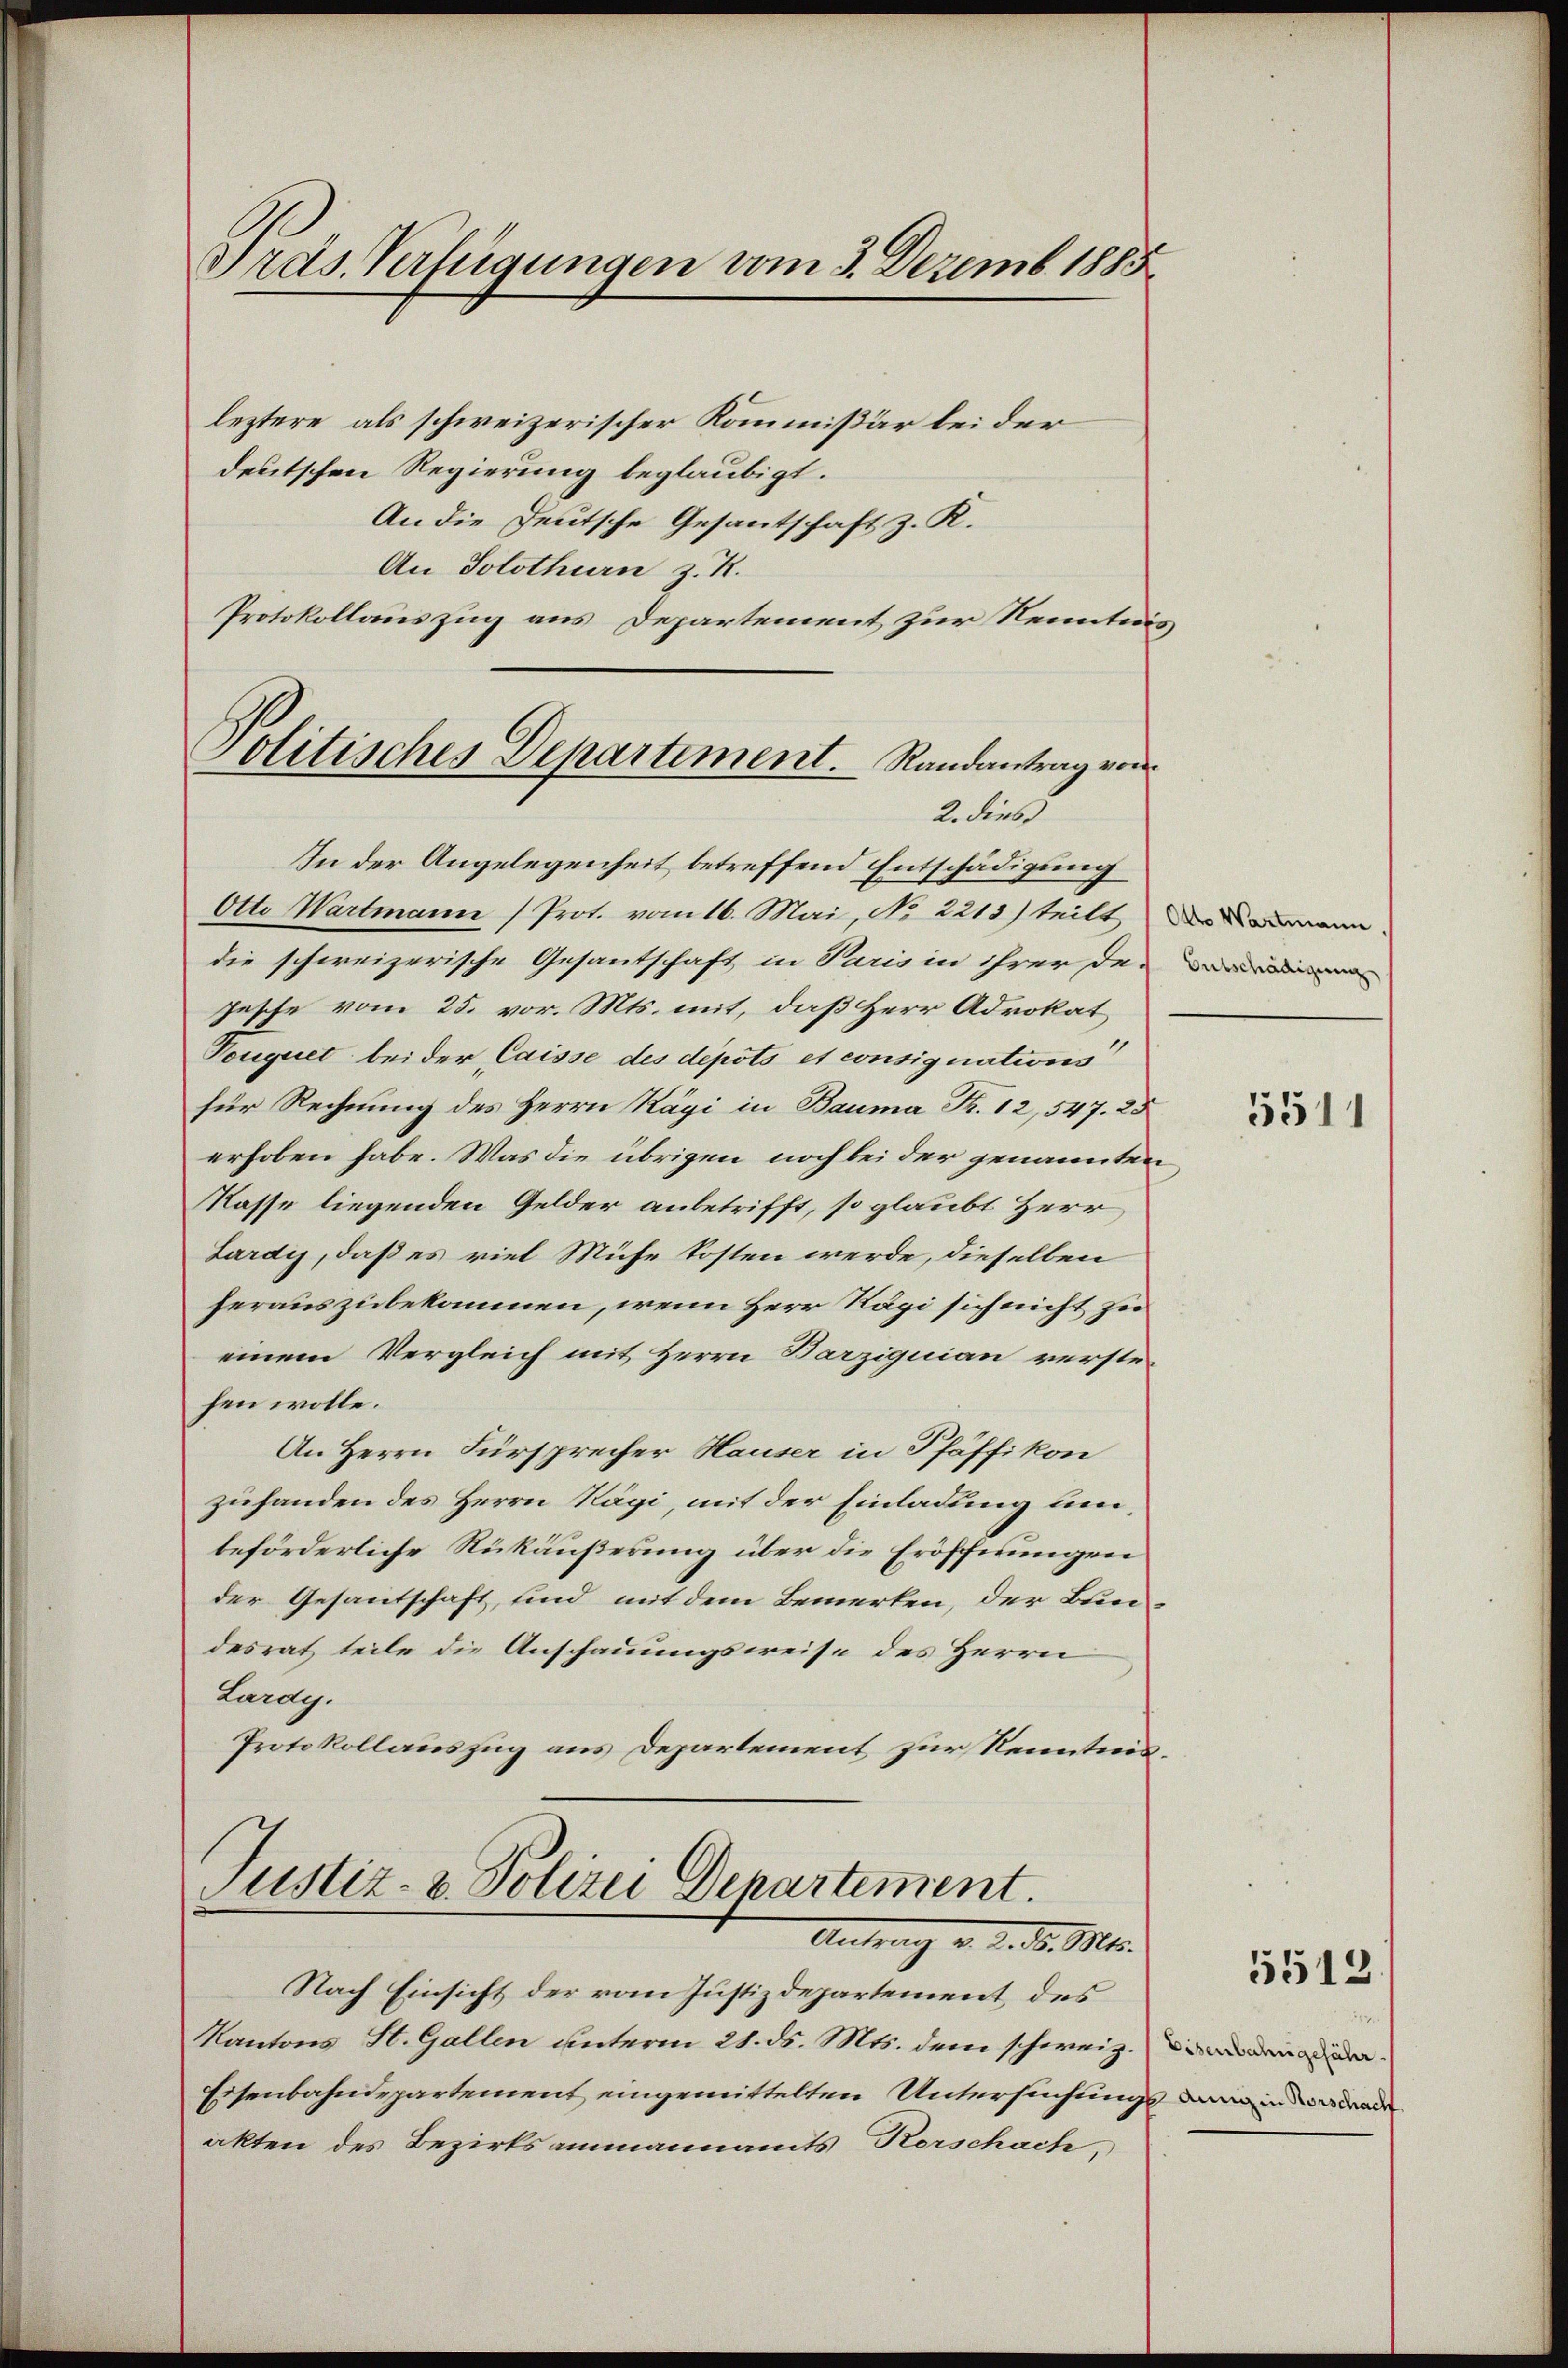
Präs. Verfügungen vom 3. Dezemb. 1885

Politisches Departement. Randantrag von
2. dies

leztere als schweizerischer Kommissär bei der
deutschen Regierung beglaubigt.
An die Deutsche Gesantschaft z. R.
An Solothurn z. R.
Protokollauszug aus Departement zur Kenntnis¬
In der Angelegenheit betreffend Entschädigung
Otto Wartmann (Prot. vom 16. Mai, No 2213) teilt
die schweizerische Gesantschaft in Paris in ihrer de-
jesche vom 25. vor. Mts. mit, daß Herr Advokat
Vouquet bei der Caisse des depots et consignations
für Rechnung des Herrn Rägi in Bauma Fr. 12,547. 25
erhoben habe. Was die übrigen noch bei der genannten
Kasse liegenden Gelder anbetrifft, so glaubt Herr
Lardis, daß es viel Mühe kosten werde, dieselben
herauszubekommen, wenn Herr Rägi sich nicht zu
einem Vergleich mit Herrn Barziquian verste-
fen wolle.
An Herrn Fürsprecher Hauser in Pfäffikon
zuhanden des Herrn Kägi, mit der Einladung umbeförderliche Rükäußerung über die Eröffnungen
der Gesantschaft, und mit dem Bemerken, der Bundesrat teile die Anschauungsweise des Herrn
Lardy.
Protokollauszug aus Departement zur Kenntnis¬

Justiz- & Polizei Departement.
Antrag v. d. d. Mts.
Nach Einsicht der vom Justizdepartement, des

Kantons St. Gallen unterm 21. ds. Mts. dem schweiz.
Eisenbahndepartement eingemittelten Untersuchungs an in dran
akten des Bezirksammannamts Rorschach,

Otto. Wartmann
Entschädigung

3511

5513.